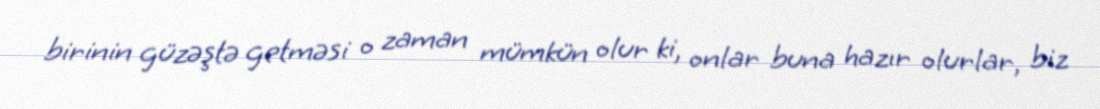
birinin güzəştə getməsi o zaman mümkün olur ki, onlar buna hazır olurlar, biz